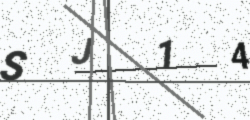
Text: SJ14